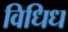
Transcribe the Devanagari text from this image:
विधिध